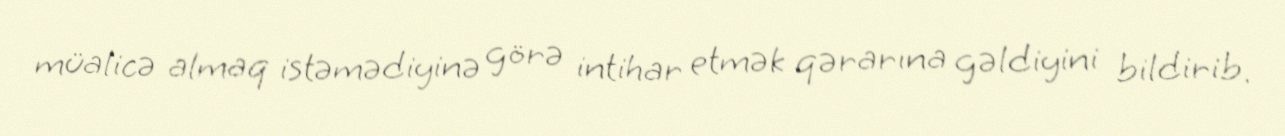
müalicə almaq istəmədiyinə görə intihar etmək qərarına gəldiyini bildirib.